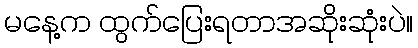
မနေ့က ထွက်ပြေးရတာအဆိုးဆုံးပဲ။